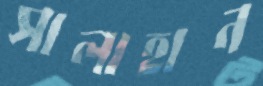
সালাহান